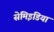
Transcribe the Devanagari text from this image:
सेमिइंडिया